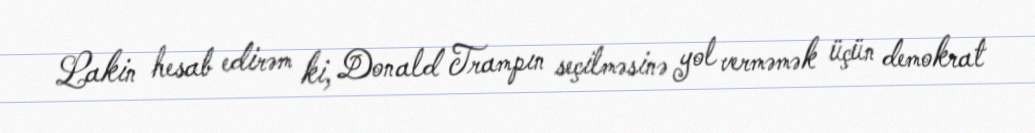
Lakin hesab edirəm ki, Donald Trampın seçilməsinə yol verməmək üçün demokrat